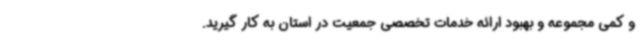
و کمی مجموعه و بهبود ارائه خدمات تخصصی جمعیت در استان به کار گیرید.